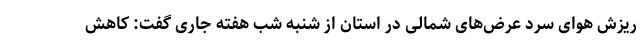
ریزش هوای سرد عرض‌های شمالی در استان از شنبه شب هفته جاری گفت: کاهش